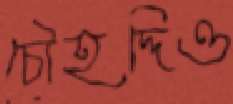
চৌহদ্দিও